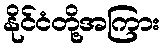
နိုင်ငံတို့အကြား